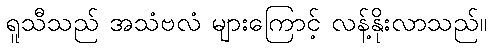
ရူသီသည် အသံဗလံ များကြောင့် လန့်နိုးလာသည်။